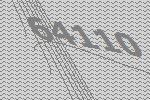
64110